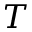
T